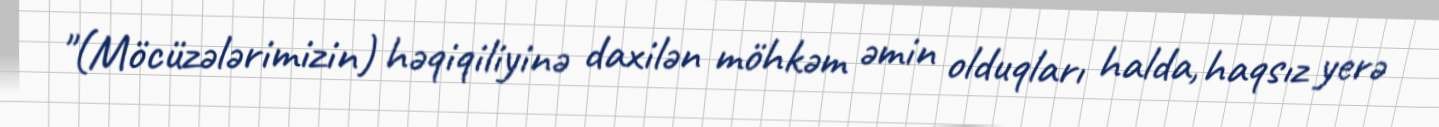
"(Möcüzələrimizin) həqiqiliyinə daxilən möhkəm əmin olduqları halda, haqsız yerə